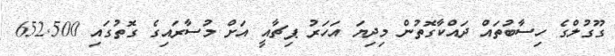
ގޫގުލްގެ ހިސާބުތައް ދައްކާގޮތުން މިދިޔަ އަހަރު ޕިޗާއީ އަށް މުސާރައިގެ ގޮތުގައި 652